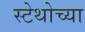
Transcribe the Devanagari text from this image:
स्टेथोच्या